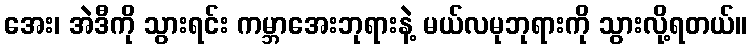
အေး၊ အဲဒီကို သွားရင်း ကမ္ဘာအေးဘုရားနဲ့ မယ်လမုဘုရားကို သွားလို့ရတယ်။